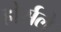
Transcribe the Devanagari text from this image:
होर्सले